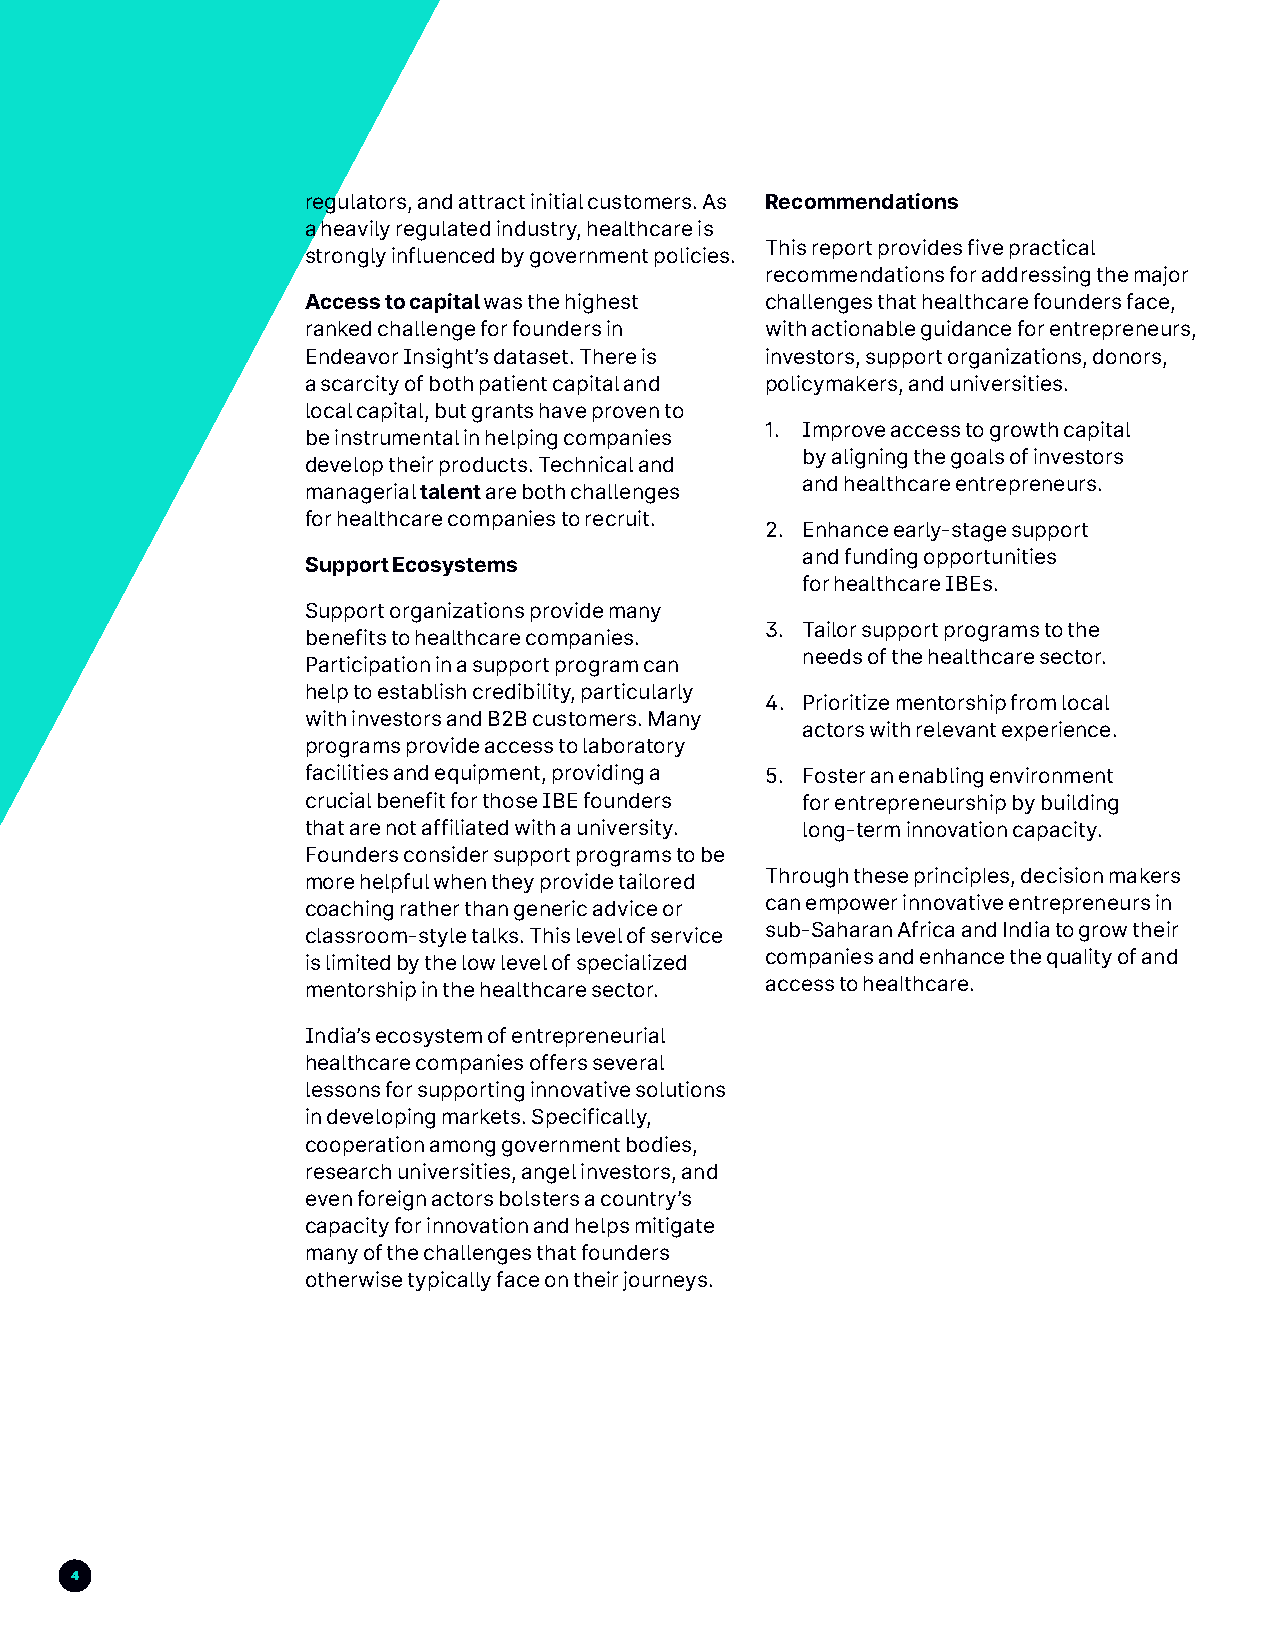
regulators, and attract initial customers. As Recommendations
 a heavily regulated industry, healthcare is
 This report provides five practical
 strongly influenced by government policies.
 recommendations for addressing the major
 Access to capital was the highest challenges that healthcare founders face,
 ranked challenge for founders in with actionable guidance for entrepreneurs,
 Endeavor Insight’s dataset. There is investors, support organizations, donors,
 a scarcity of both patient capital and policymakers, and universities.
 local capital, but grants have proven to
 1. Improve access to growth capital
 be instrumental in helping companies
 by aligning the goals of investors
 develop their products. Technical and
 and healthcare entrepreneurs.
 managerial talent are both challenges
 for healthcare companies to recruit.
 2. Enhance early-stage support
 and funding opportunities
 Support Ecosystems
 for healthcare IBEs.
 Support organizations provide many
 3. Tailor support programs to the
 benefits to healthcare companies.
 needs of the healthcare sector.
 Participation in a support program can
 help to establish credibility, particularly
 4. Prioritize mentorship from local
 with investors and B2B customers. Many
 actors with relevant experience.
 programs provide access to laboratory
 facilities and equipment, providing a 5. Foster an enabling environment
 crucial benefit for those IBE founders for entrepreneurship by building
 that are not affiliated with a university. long-term innovation capacity.
 Founders consider support programs to be
 more helpful when they provide tailored Through these principles, decision makers
 coaching rather than generic advice or can empower innovative entrepreneurs in
 classroom-style talks. This level of service sub-Saharan Africa and India to grow their
 is limited by the low level of specialized companies and enhance the quality of and
 mentorship in the healthcare sector. access to healthcare.
 India’s ecosystem of entrepreneurial
 healthcare companies offers several
 lessons for supporting innovative solutions
 in developing markets. Specifically,
 cooperation among government bodies,
 research universities, angel investors, and
 even foreign actors bolsters a country’s
 capacity for innovation and helps mitigate
 many of the challenges that founders
 otherwise typically face on their journeys.
 4